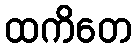
ထကိတေ